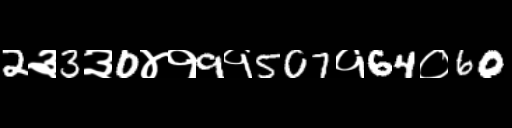
Text: 2३3३0४१9१507१64०60